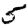
Digit: 5